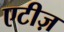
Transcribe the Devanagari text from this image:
एटीज़